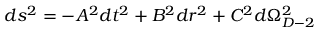
d s ^ { 2 } = - A ^ { 2 } d t ^ { 2 } + B ^ { 2 } d r ^ { 2 } + C ^ { 2 } d \Omega _ { D - 2 } ^ { 2 }